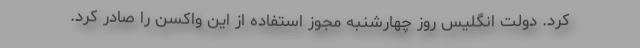
کرد. دولت انگلیس روز چهارشنبه مجوز استفاده از این واکسن را صادر کرد.